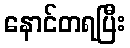
နောင်တရပြီး